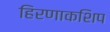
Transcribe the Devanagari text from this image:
हिरणाकशिप